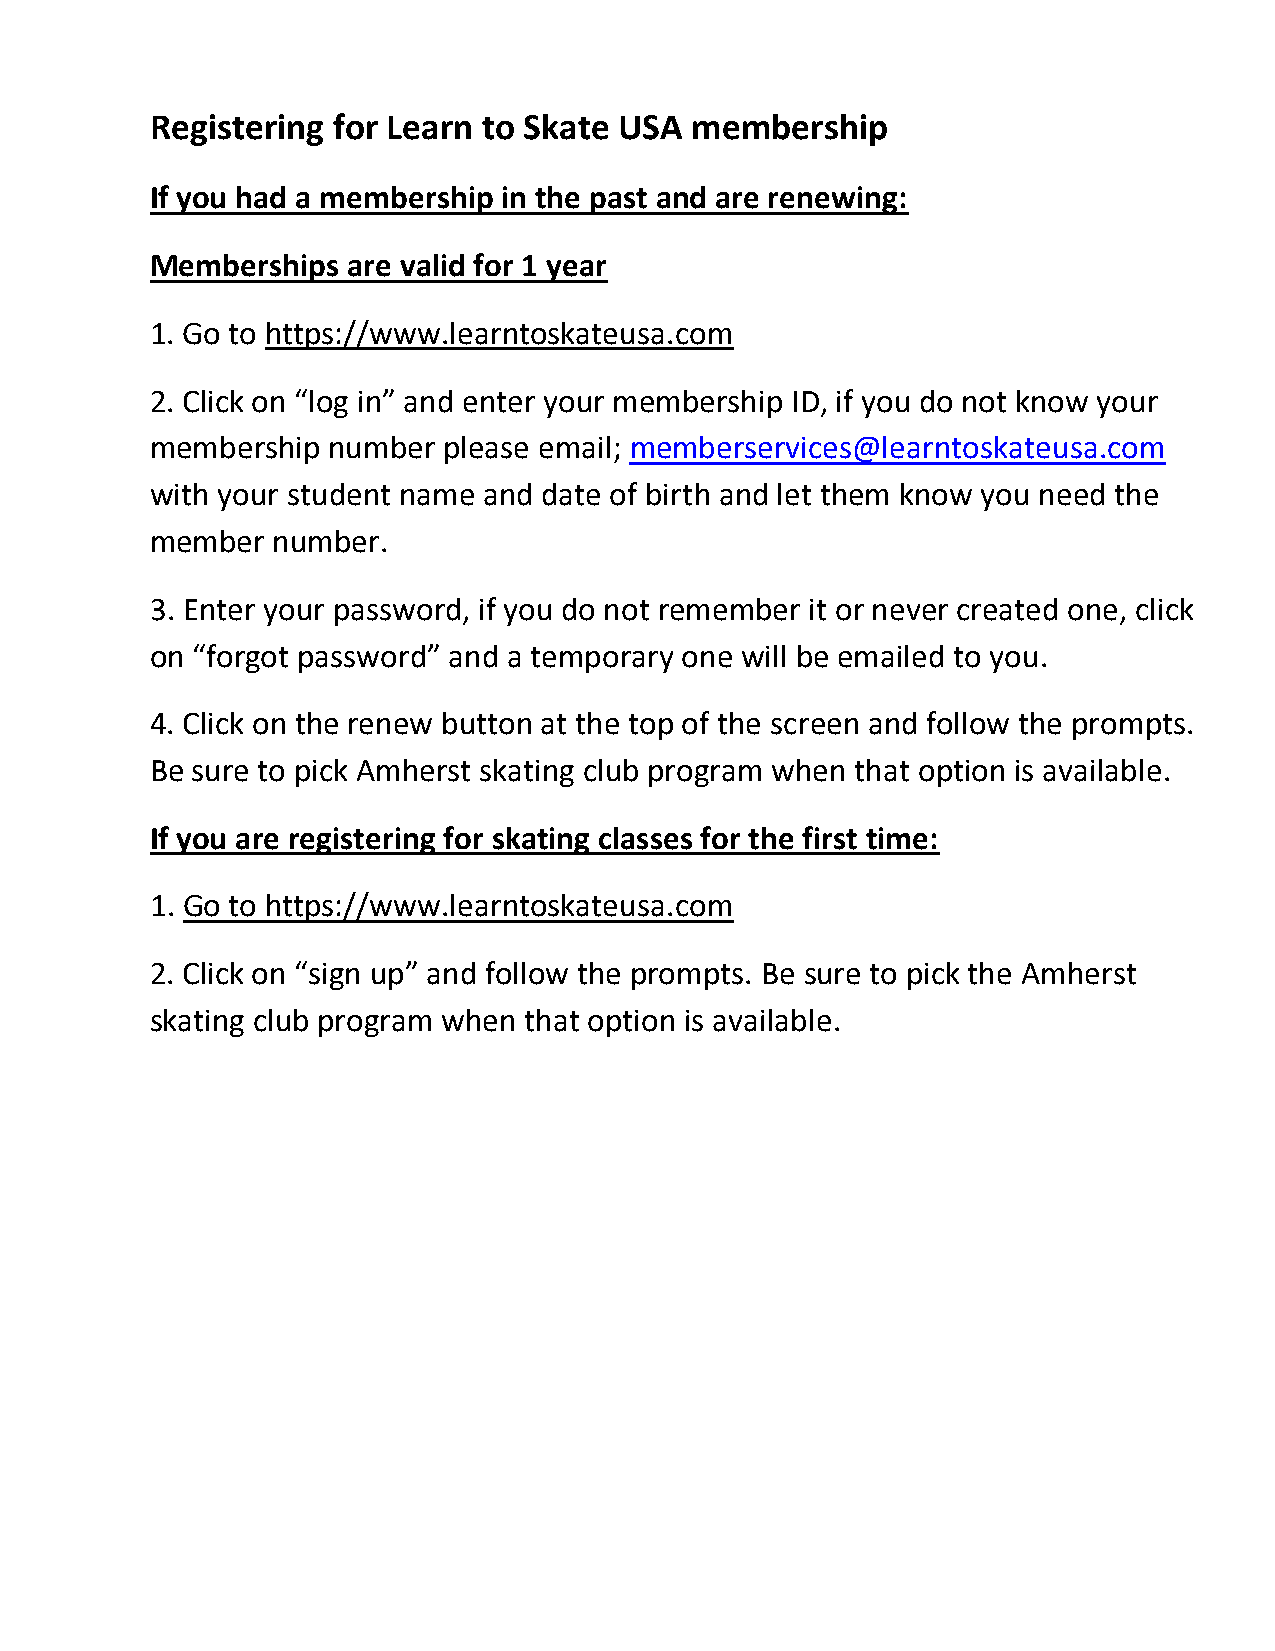
Registering for Learn to Skate USA  membership
 If you had a membership in the past and are renewing:
 Memberships  are valid for 1 year
 1. Go to https://www.learntoskateusa.com
 2. Click on “log in” and enter your membership ID, if you do not know your
 membership  number please email; memberservices@learntoskateusa.com
 with your student name and date of birth and let them know you need the
 member  number.
 3. Enter your password, if you do not remember it or never created one, click
 on “forgot password” and a temporary one will be emailed to you.
 4. Click on the renew button at the top of the screen and follow the prompts.
 Be sure to pick Amherst skating club program when that option is available.
 If you are registering for skating classes for the first time:
 1. Go to https://www.learntoskateusa.com
 2. Click on “sign up” and follow the prompts. Be sure to pick the Amherst
 skating club program when that option is available.